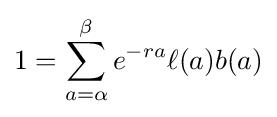
1=\sum _{a=\alpha }^{\beta }e^{-ra}\ell (a)b(a)